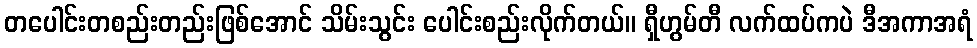
တပေါင်းတစည်းတည်းဖြစ်အောင် သိမ်းသွင်း ပေါင်းစည်းလိုက်တယ်။ ရှီဟွမ်တီ လက်ထပ်ကပဲ ဒီအကာအရံ